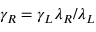
\gamma _ { R } = \gamma _ { L } \lambda _ { R } / \lambda _ { L }